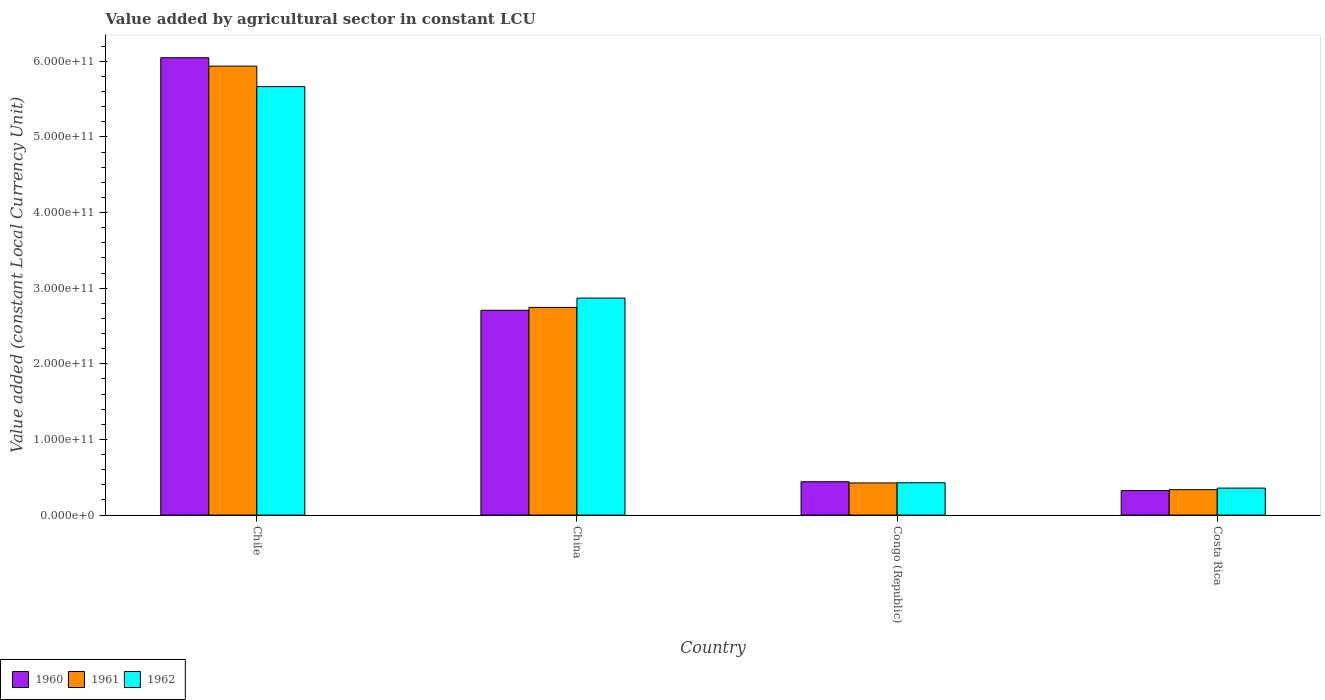
| Country | 1960 | 1961 | 1962 |
 | --- | --- | --- | --- |
 | Chile | 6.05e+11 | 5.94e+11 | 5.67e+11 |
 | China | 2.71e+11 | 2.75e+11 | 2.87e+11 |
 | Congo (Republic) | 4.41e+10 | 4.25e+10 | 4.27e+10 |
 | Costa Rica | 3.24e+10 | 3.36e+10 | 3.57e+10 |